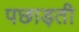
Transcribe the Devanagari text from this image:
पछाड़ती